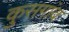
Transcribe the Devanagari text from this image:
कुसगांव